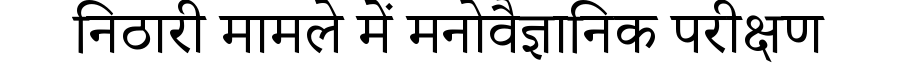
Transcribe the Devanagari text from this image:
निठारी मामले में मनोवैज्ञानिक परीक्षण